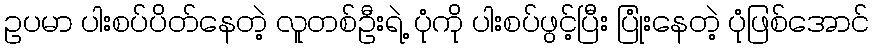
ဥပမာ ပါးစပ်ပိတ်နေတဲ့ လူတစ်ဦးရဲ့ ပုံကို ပါးစပ်ဖွင့်ပြီး ပြုံးနေတဲ့ ပုံဖြစ်အောင်